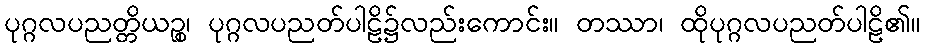
ပုဂ္ဂလပညတ္တိယဉ္စ၊ ပုဂ္ဂလပညတ်ပါဠိ၌လည်းကောင်း။ တဿာ၊ ထိုပုဂ္ဂလပညတ်ပါဠိ၏။